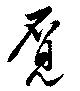
覔